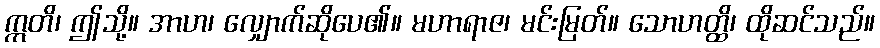
ဣတိ၊ ဤသို့။ အာဟ၊ လျှောက်ဆိုပေ၏။ မဟာရာဇ၊ မင်းမြတ်။ သောဟတ္ထိ၊ ထိုဆင်သည်။